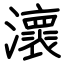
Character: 瀤